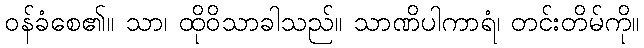
ဝန်ခံစေ၏။ သာ၊ ထိုဝိသာခါသည်။ သာဏိပါကာရံ၊ တင်းတိမ်ကို။